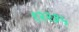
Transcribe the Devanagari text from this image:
१२२३५